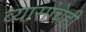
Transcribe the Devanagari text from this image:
व्यासांचेही